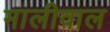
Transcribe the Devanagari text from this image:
मालीवाल